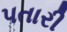
પતારી